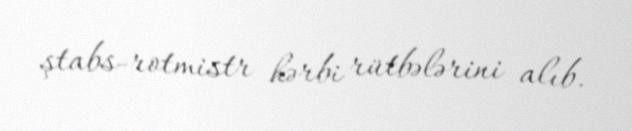
ştabs-rotmistr hərbi rütbələrini alıb.